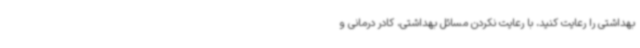
بهداشتی را رعایت کنید، با رعایت نکردن مسائل بهداشتی، کادر درمانی و